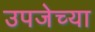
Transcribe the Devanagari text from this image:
उपजेच्या